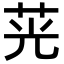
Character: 茪